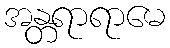
အန္တရာရာမေ